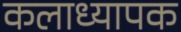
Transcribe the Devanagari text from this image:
कलाध्यापक